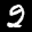
Label: 2